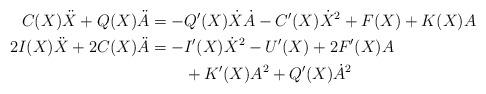
LaTeX: \begin{align*} \begin{aligned}C(X)\ddot{X}+Q(X)\ddot{A} = -&Q'(X)\dot{X}\dot{A}-C'(X)\dot{X}^2+F(X)+K(X)A\\2I(X)\ddot{X}+2C(X)\ddot{A} = -&I'(X)\dot{X}^2-U'(X)+2F'(X)A\\&+K'(X)A^2+Q'(X)\dot{A}^2\end{aligned}\end{align*}